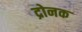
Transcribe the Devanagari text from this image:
द्रोनक